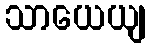
သာယေယျ